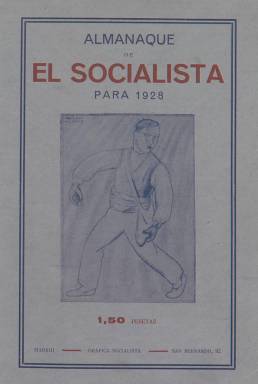
Título: Almanaque de El Socialista
Colección: Socialismo || Almanaques
Ámbito geográfico: Madrid
Lugar de publicación: Madrid
Fechas: 01/01/1928-31/12/1934